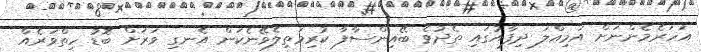
އަހަރެމެންނަށް އަމިއްލަ ދިފާއުގައި ތެދުވެ ބޭއިންސާފާ ކުރިމަތިލެވޭނެކަން އެނގި ވަރަށް ބޮޑު ހިތްްވަރެއް